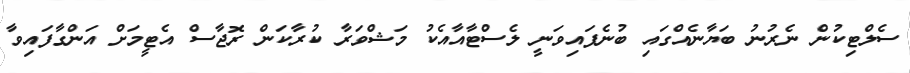
ސެލްޓިކުން ނެރުނު ބަޔާނެއްގައި ބުނެފައިވަނީ ލެސްޓާއާއެކު މަޝްވަރާ ކުރާކަން ރޮޖާސް އެޓީމަށް އަންގާފައިވާ